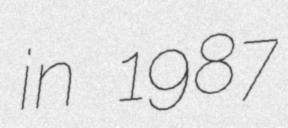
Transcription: in 1987